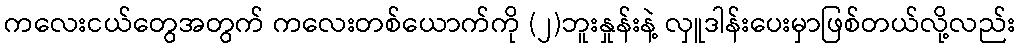
ကလေးငယ်တွေအတွက် ကလေးတစ်ယောက်ကို (၂)ဘူးနှုန်းနဲ့ လှူဒါန်းပေးမှာဖြစ်တယ်လို့လည်း